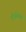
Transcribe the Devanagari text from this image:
दीर्घवश्त